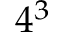
4 ^ { 3 }